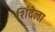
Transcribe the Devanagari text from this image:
शिंदेला